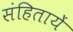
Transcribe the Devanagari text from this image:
संहितायें